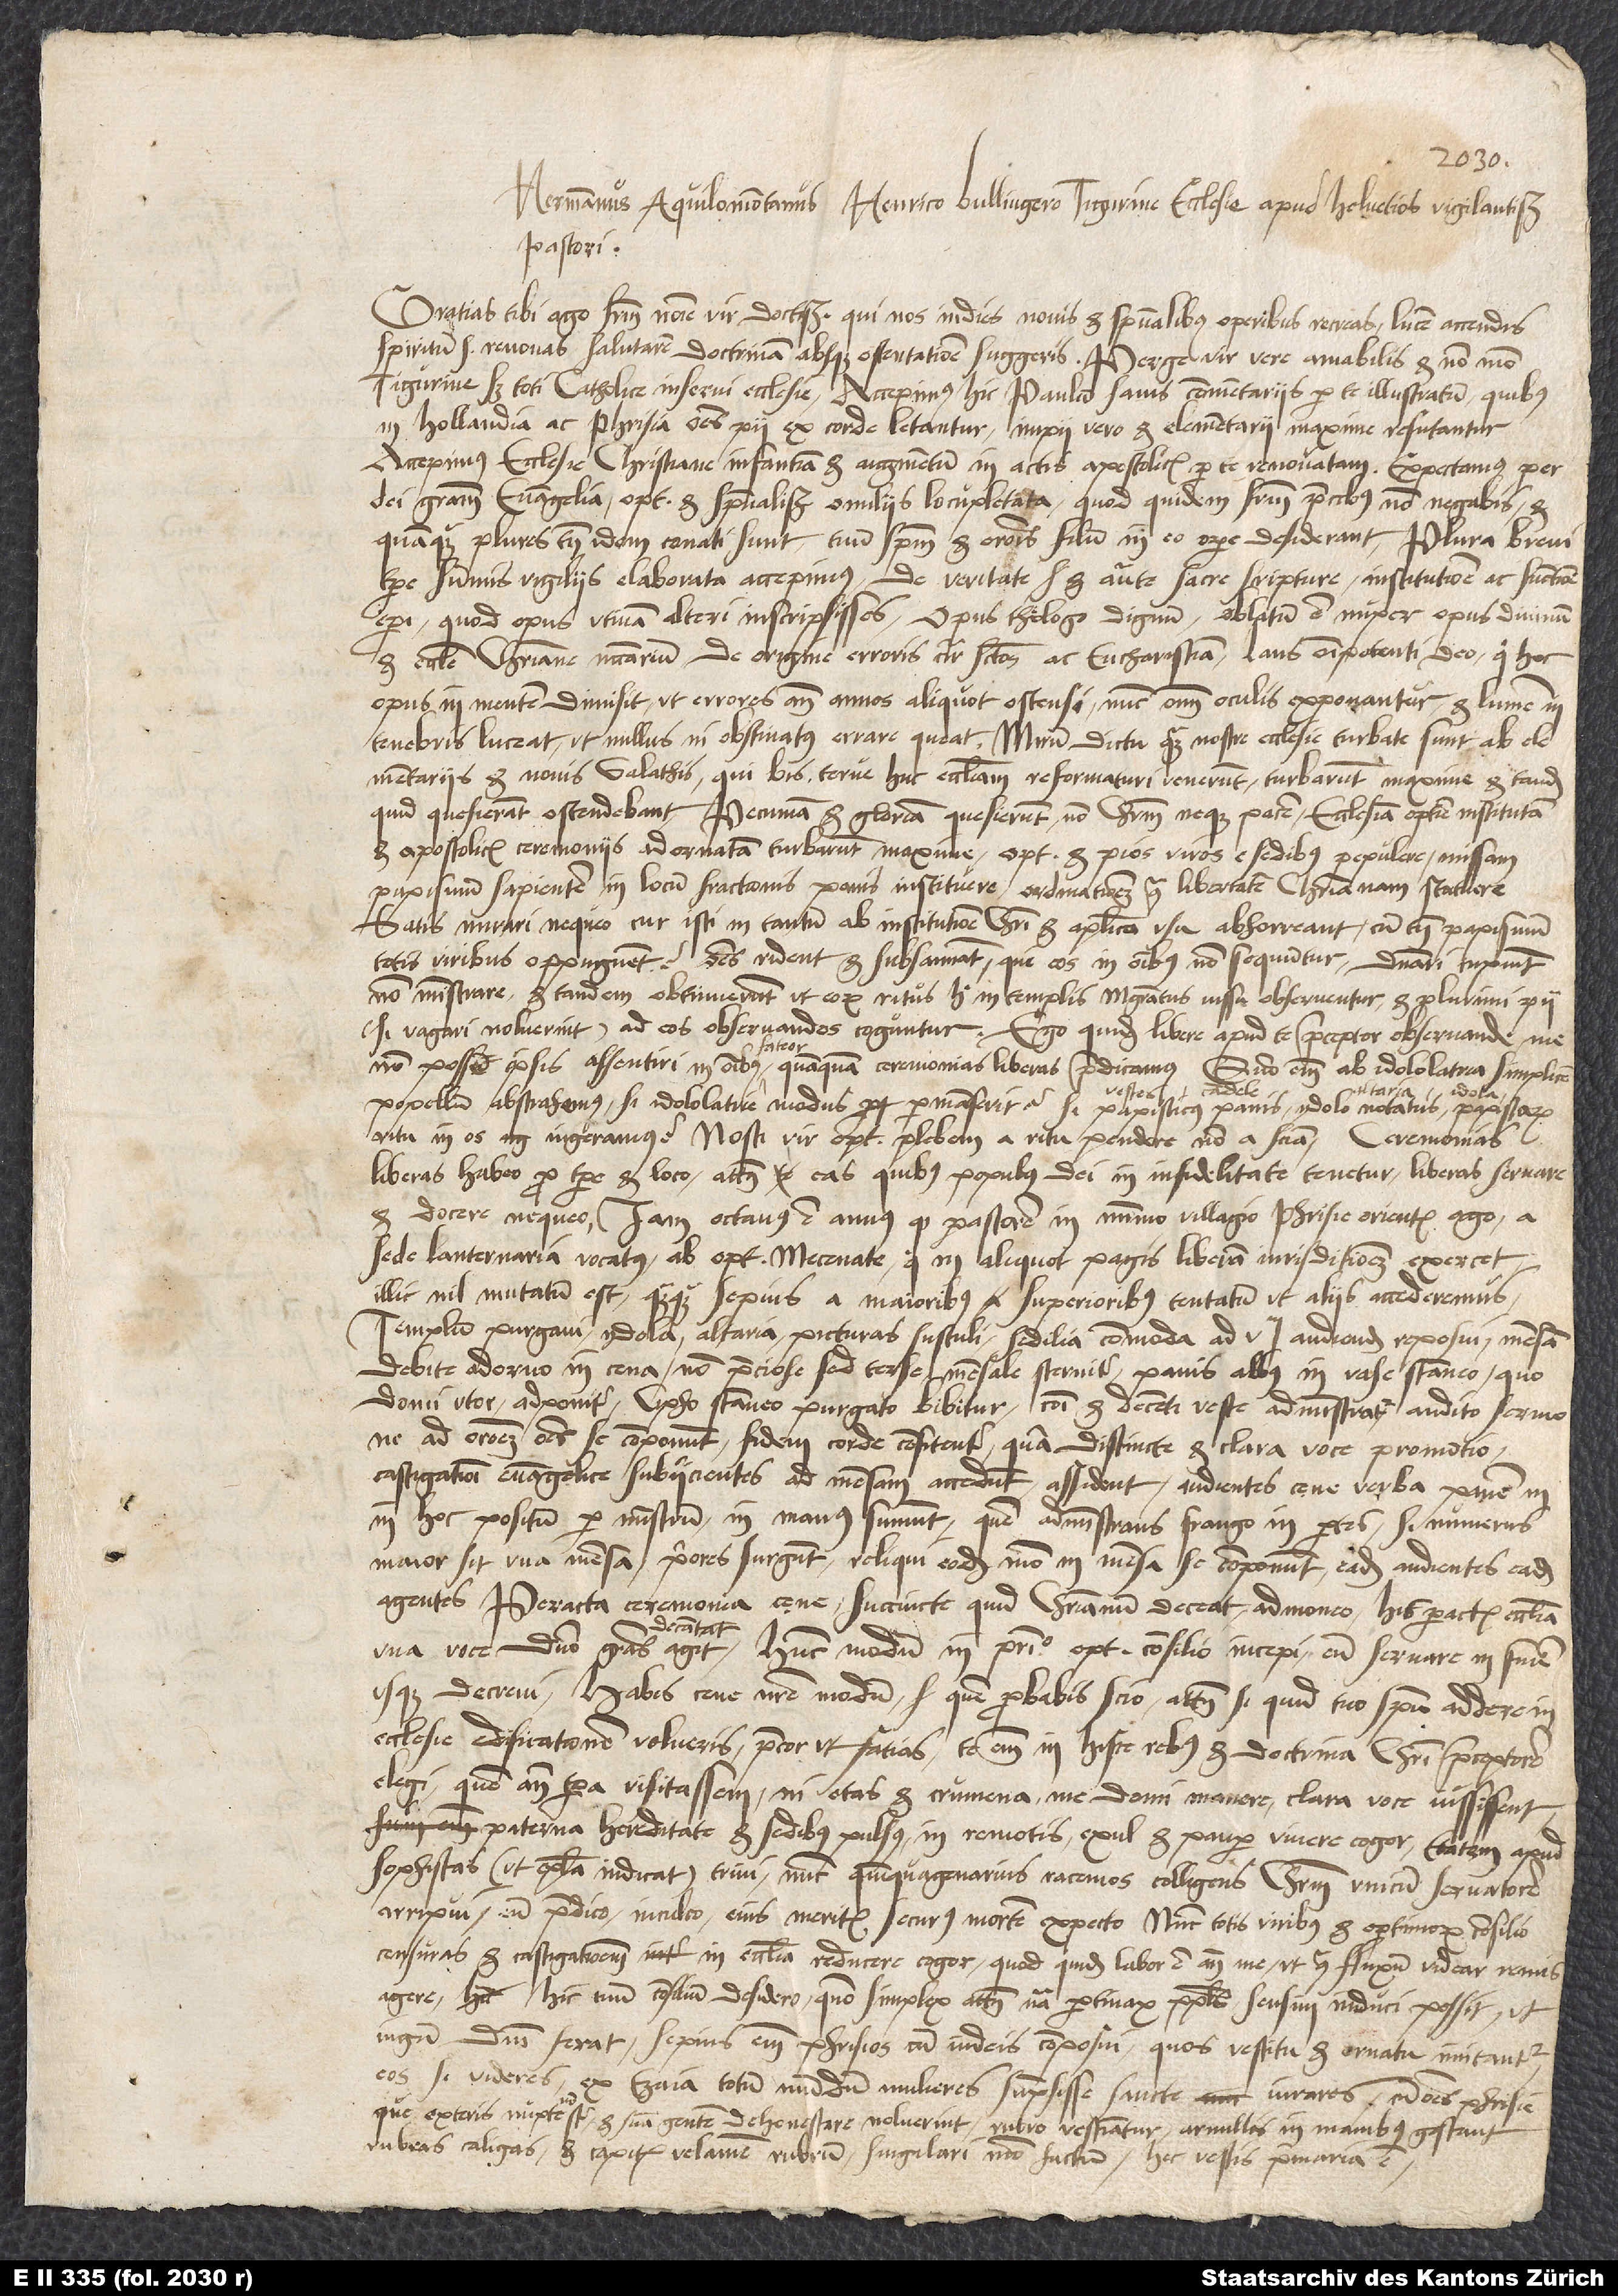
1539.
Henrico Bullingero, Tigurine ecclesie apud Helvetios vigilantissimo
pastori.
Gratias tibi ago fratrum nomine, vir doctissime, qui nos indies novibus et spiritualibus operibus recreas, lucem accendis,
spiritum sanctum renovas, salutarem doctrinam absque ostentatione suggeris. Perge, vir vere amabilis, et non modo
Tigurine, sed toti catholice inservi ecclesie. Accepimus hic Paulum sanis commentariis per te illustratum, quibus
in Hollandia ac Phrisia omnes pii ex corde letantur, impii vero et elementarii maxime refutantur.
Accepimus ecclesie christiane infantiam et augmentum in actis apostolicis per te renovatam. Expectamus per
dei gratiam evangelia optimis et spiritualissimis homiliis locupletata, quod quidem fratrum precibus non negabis, et
quanquam plures tamen idem conati sunt, tuum spiritum et orationis filum in eo opere desiderant. Plura brevi
tempore summis vigiliis elaborata accepimus: De veritate et autoritate sacre scripture, institutione ac functione
episcopi, quod opus utinam alteri inscripsisses, opus theologo dignum. Oblatum est nuper opus divinum
et ecclesie christiane necessarium De origine erroris circa sanctos ac eucharistiam. Laus omnipotenti deo, qui hoc
opus in mentem dimisit, ut errores ante annos aliquot ostensi nunc omnibus oculis exponantur et lumen in
tenebris luceat, ut nullus ni obstinatus errare queat. Mirum dictu, quam nostre ecclesie turbate sunt ab
elementariis et novis Galathis, qui bis terve huc ecclesiam reformaturi venerunt, turbarunt maxime et tandem,
quid quesierant, ostendebant. Pecuniam et gloriam quesierunt, non Christum neque pacem. Ecclesiam optime institutam
et apostolicis ceremoniis adornatam turbarunt maxime, optimos et pios viros e sedibus pepulere, missam
papismum sapientem in locum fractionis panis instituere ordinationemque contra libertatem christianam statuere.
Satis mirari nequeo, cur isti in tantum ab institutione Christi et apostolico usu abhorreant, cum tamen papismum
totis viribus oppugnent. Omnes rident et subsannant, qui eos in omnibus non sequuntur. Dominari cupiunt,
non ministrare, et tandem obtinuerunt, ut eorum ritus hic in templis magistratus iussu observentur et plurimi pii
(si vagari noluerint) ad eos observandos coguntur. Ego quidem libere apud te, praeceptor observande, me
non posse ipsis assentiri in omnibus fateor, quanquam ceremonias liberas praedicamus. Quomodo enim ab idololatria simplicem
altaria, idola,
popellum abstrahemus, si idololatrie modus permanserit? Si papisticus panis ydolo notatus, vestes,
ritu in os ingeramus? Nosti, vir optime, plebem a ritu pendere, non a scientia. Ceremonias
liberas habeo pro tempore et loco; attamen eas, quibus populus dei in infidelitate tenetur, liberas servare
et docere nequeo. Iam octavus est annus, quod pastorem in minimo villagio Phrisie orientis ago, a
sede lanternaria vocatus ab optimo Mecenate, qui in aliquot pagis liberam iurisditionem exercet;
illic nil mutatum est, quanquam sepius a maioribus, superioribus tentatum, ut aliis accederemus.
Templum purgavi, ydola, altaria, picturas sustuli, sedilia commoda ad verbum audiendum reposui, mensam
debite adorno in cena, non preciose, sed terse, mensale sternitur, panis albus in vase stanneo, quo
domi utor, adponitur, cipho stanneo purgato bibitur, communi et decenti veste administratur, audito sermone
ad orationem omnes se componunt, fidem corde confitentur, quam distincte et clara voce pronuntio,
castigationi evangelice subiicientes ad mensam accedunt, assident, audientes cęne verba panem in
hoc positum per ministrum in manus sumunt, quem administrans frango in partes. Si numerus
maior sit una mensa, priores surgunt, reliqui eodem modo in mensa se componunt, eadem audientes, eadem
agentes. Peracta ceremonia cęne succincte, quid christianum deceat, admoneo; his peractis ecclesia
una voce domino gratias agit, decantat. Hunc modum in principio optimo consilio incepi, eum servare in finem
usque decrevi. Habes cene nostre modum, quem probabis, scio. Attamen, si quid tuo spiritu addere in
ecclesie edificationem volueris, precor, ut fatias; te enim in hisce rebus et doctrina Christi praeceptorem
elegi, quem ante tempora visitassem, ni etas et crumena me domi manere clara voce iussissent.
Paterna hereditate et sedibus pulsus in remotis exul et pauper vivere cogor. Etatem apud
sophistas (ut epistola indicat) trivi, nunc quinquagenarius racemos colligens. Christum unicum servatorem
arripui, eum praedico, inculco, eius meritis securus mortem expecto. Nunc totis viribus et optimorum consilio
censuras et castigationem in ecclesia reducere cogor, quod quidem labor est ante me, ut contra fluxum videar remis
agere. Hic tuum consilium desidero, quomodo simplex, attamen natura pertinax populus sensim induci possit, ut
iugum domini ferat. Sepius enim Phrisios cum Iudeis composui, quos vestitu et ornatu imitantur.
Eos si videres, ex Ezaia totum mundum mulieres sumpsisse sancte iurares, cum omnes Phrisie,
que exteris nupte non sint et suam gentem dehonestare noluerint, rubro vestiantur, armillas in manibus gestant,
rubeas caligas et capitis velamen rubeum singulari modo factum; hec vestis primaria est.